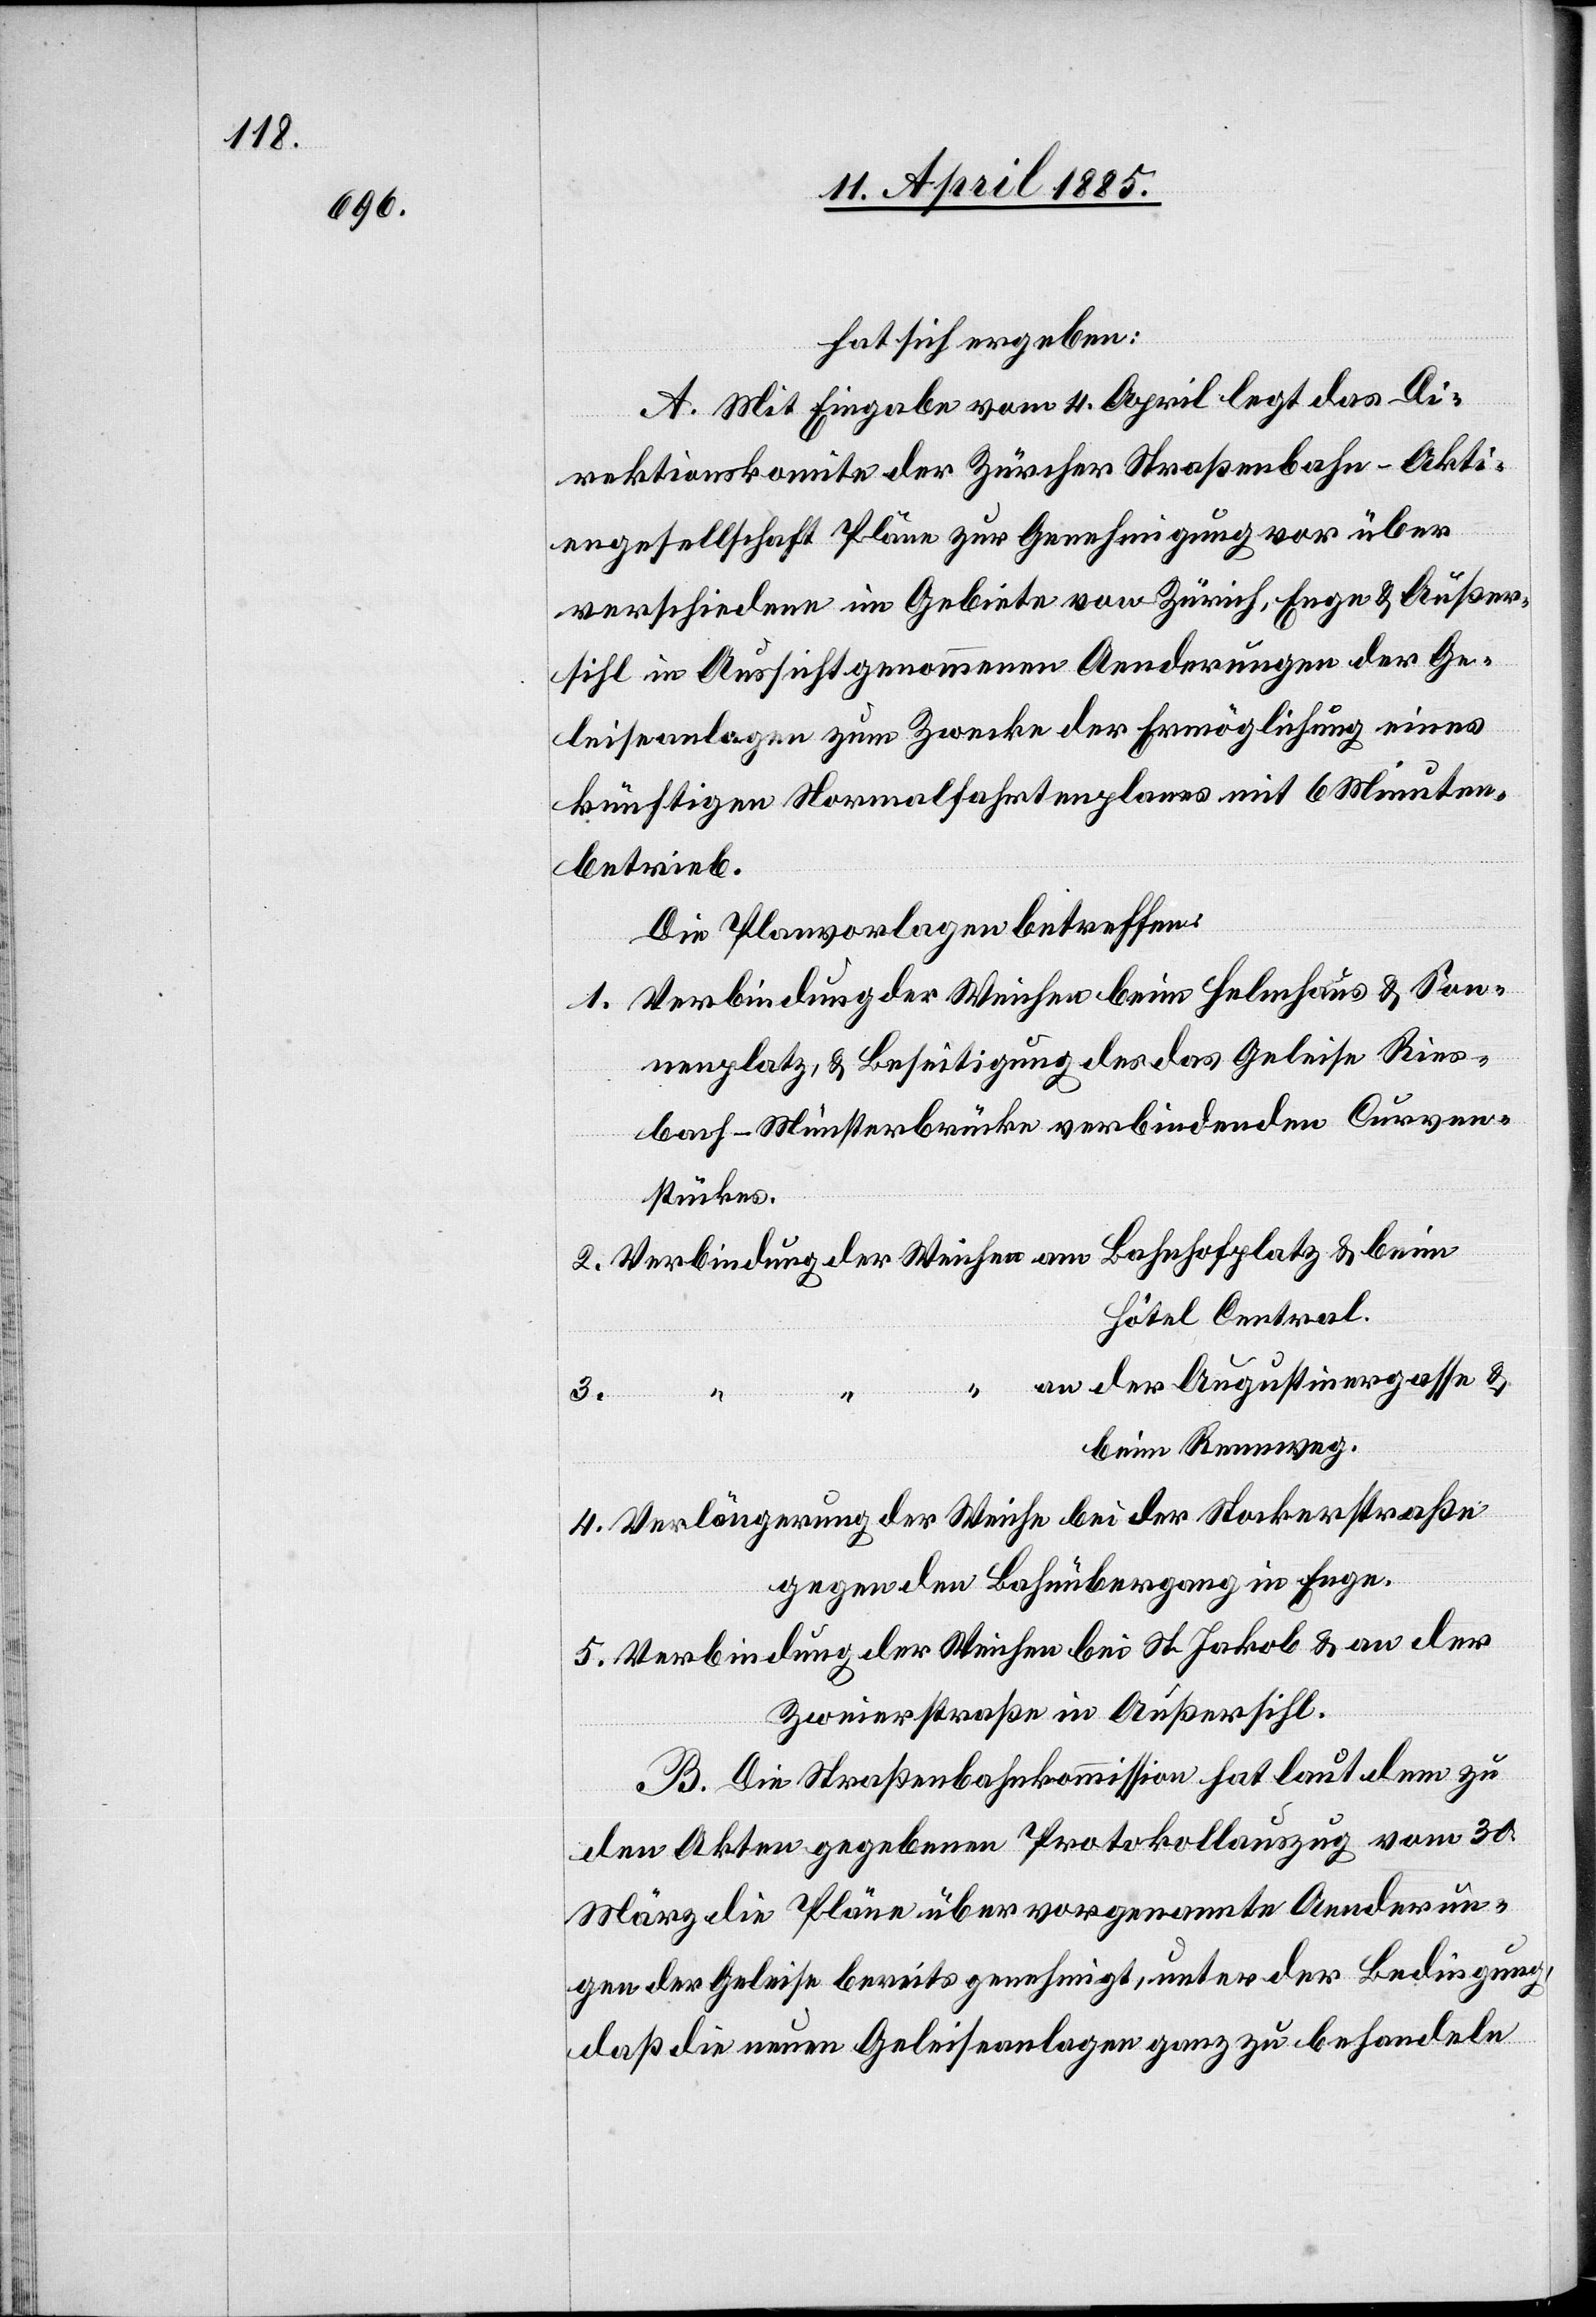
hat sich ergeben:
A. Mit Eingabe vom 4. April legt das Di¬
rektionskomite der Zürcher Straßenbahn-Akti¬
engesellschaft Pläne zur Genehmigung vor über
verschiedene im Gebiete von Zürich, Enge & Außer¬
sihl in Aussicht genommenen Aenderungen der Ge¬
leisenlagen zum Zwecke der Ermöglichung eines
künftigen Normalfahrtenplanes mit 6 Minuten¬
betrieb.
Die Planvorlagen betreffen:
1. Verbindung der Weichen beim Helmhaus & Son¬
nenplatz, & Beseitigung des das Geleise Ries¬
bach–Münsterbrücke verbindenden Curven¬
stückes.
Hôtel Central.
an der Augustinergasse &
“
3.
beim Rennweg.
4. Verlängerung der Weiche bei der Stockerstraße
gegen den Bahnübergang in Enge.
5. Verbindung der Weichen bei St. Jakob & an der
Zweierstraße in Außersihl.
B. Die Straßenbahnkommission hat laut dem zu
den Akten gegebenen Protokollauszug vom 30.
März die Pläne über vorgenannte Aenderun¬
gen der Geleise bereits genehmigt, unter der Bedingung,
daß die neuen Geleiseanlagen ganz zu behandeln